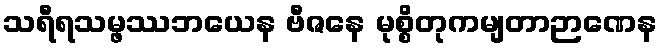
သရီရသမ္ဖဿဘယေန ဗီဇနေ မုစ္စိတုကမျတာဉာဏေန